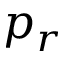
p _ { r }